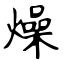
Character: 燥